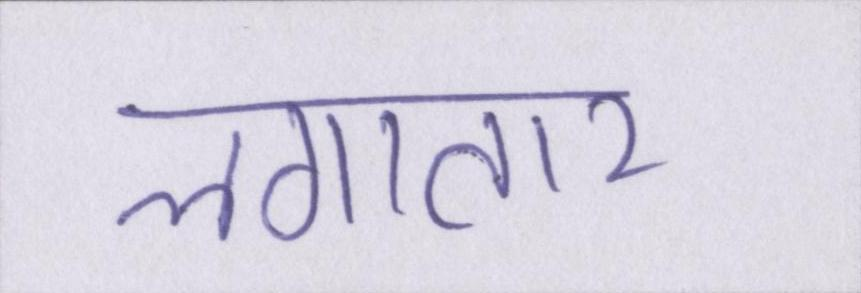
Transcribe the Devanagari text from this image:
लगातार